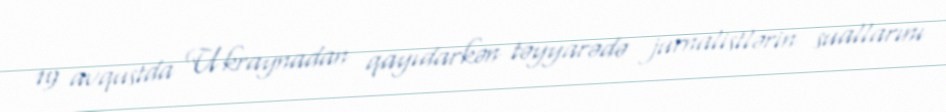
19 avqustda Ukraynadan qayıdarkən təyyarədə jurnalistlərin suallarını